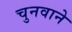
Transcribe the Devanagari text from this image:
चुनवाने